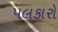
પલકારો